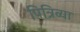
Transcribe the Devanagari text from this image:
पित्रिव्या